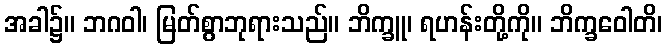
အခါ၌။ ဘဂဝါ၊ မြတ်စွာဘုရားသည်။ ဘိက္ခူ၊ ရဟန်းတို့ကို။ ဘိက္ခဝေါတိ၊